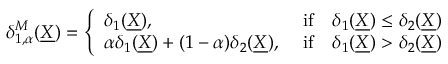
\begin{array} { r } { \delta _ { 1 , \alpha } ^ { M } ( \underline { { X } } ) = \left\{ \begin{array} { l l } { \delta _ { 1 } ( \underline { { X } } ) , } & { \mathrm { ~ i f } \quad \delta _ { 1 } ( \underline { { X } } ) \leq \delta _ { 2 } ( \underline { { X } } ) } \\ { \alpha \delta _ { 1 } ( \underline { { X } } ) + ( 1 - \alpha ) \delta _ { 2 } ( \underline { { X } } ) , } & { \mathrm { ~ i f } \quad \delta _ { 1 } ( \underline { { X } } ) > \delta _ { 2 } ( \underline { { X } } ) } \end{array} \right. } \end{array}